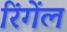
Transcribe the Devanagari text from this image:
रिंगेंल